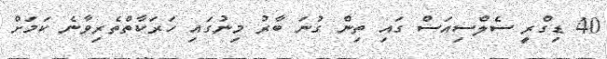
40 ޑިގްރީ ސެލްސިއަސް ގައި ތިން ގުނަ ބާރު މިނުގައި ހަރަކާތްތެރިވާނެ ކަމަށް